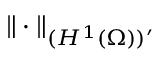
\| \cdot \| _ { ( H ^ { 1 } ( \Omega ) ) ^ { \prime } }